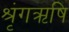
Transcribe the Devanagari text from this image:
श्रृंगऋषि